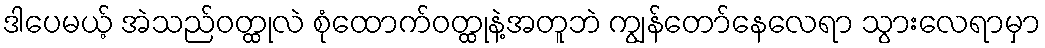
ဒါပေမယ့် အဲသည်ဝတ္ထုလဲ စုံထောက်ဝတ္ထုနဲ့အတူဘဲ ကျွန်တော်နေလေရာ သွားလေရာမှာ